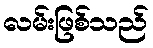
လမ်းဖြစ်သည်